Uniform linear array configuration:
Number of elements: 4
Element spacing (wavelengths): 0.75
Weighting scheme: blackman
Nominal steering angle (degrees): -45
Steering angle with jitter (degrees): -46.815
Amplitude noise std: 0.05
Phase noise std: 0.05

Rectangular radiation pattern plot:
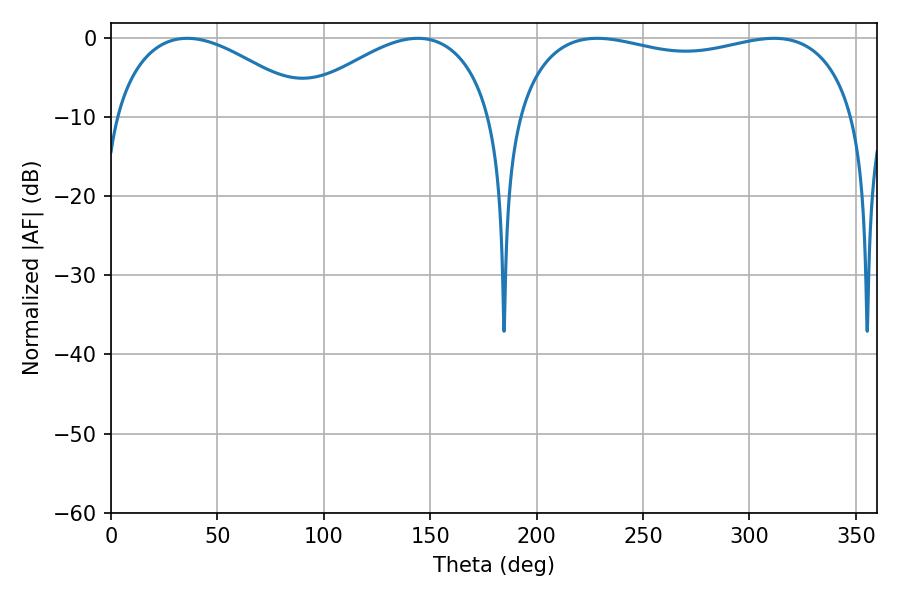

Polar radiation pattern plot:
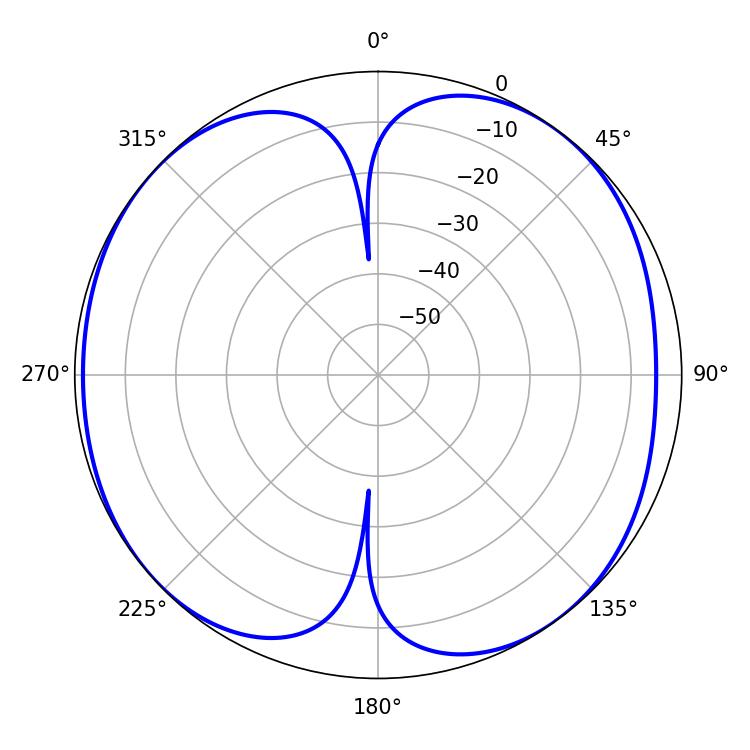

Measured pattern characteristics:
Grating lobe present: TRUE
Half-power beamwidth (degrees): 52.02
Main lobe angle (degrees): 35.82